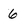
Character: 6